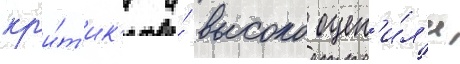
кр'и́т'ик'и и́ высоко оцен'и́л'и